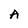
Character: A